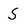
Character: S